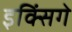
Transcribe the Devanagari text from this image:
इक्सिंगे